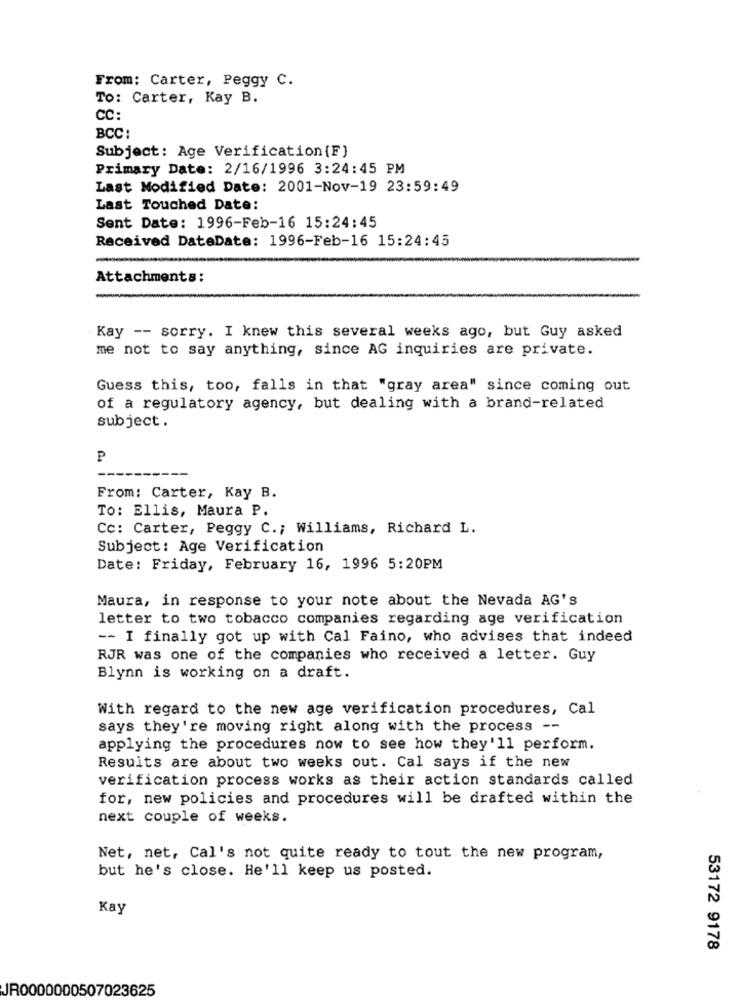
From: Carter, Peggy C.
To: Carter, Kay B.
CC:
BCC:
Subject: Age Verification (F)
Primary Date: 2/16/1996 3:24:45 PM
Last Modified Date: 2001-Nov-19 23:59:49
Last Touched Date:
Sent Date: 1996-Feb-16 15:24:45
Received DateDate: 1996-Feb-16 15:24:45
Attachments:
Kay -- sorry. I knew this several weeks ago, but Guy asked
me not to say anything, since AG inquiries are private.
Guess this, too, falls in that "gray area" since coming out
of a regulatory agency, but dealing with a brand-related
subject .
P
From: Carter, Kay B.
To: Ellis, Maura P.
Cc: Carter, Peggy C .; Williams, Richard L.
Subject: Age Verification
Date: Friday, February 16, 1996 5:20PM
Maura, in response to your note about the Nevada AG's
letter to two tobacco companies regarding age verification
-- I finally got up with Cal Faino, who advises that indeed
RJR was one of the companies who received a letter. Guy
Blynn is working on a draft.
With regard to the new age verification procedures, Cal
says they're moving right along with the process --
applying the procedures now to see how they'll perform.
Results are about two weeks out. Cal says if the new
verification process works as their action standards called
for, new policies and procedures will be drafted within the
next couple of weeks.
Net, net, Cal's not quite ready to tout the new program,
but he's close. He'll keep us posted.
Kay
53172 9178
JR0000000507023625